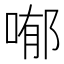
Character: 喐